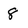
Character: 8